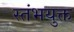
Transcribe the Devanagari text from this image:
स्तंभयुक्त